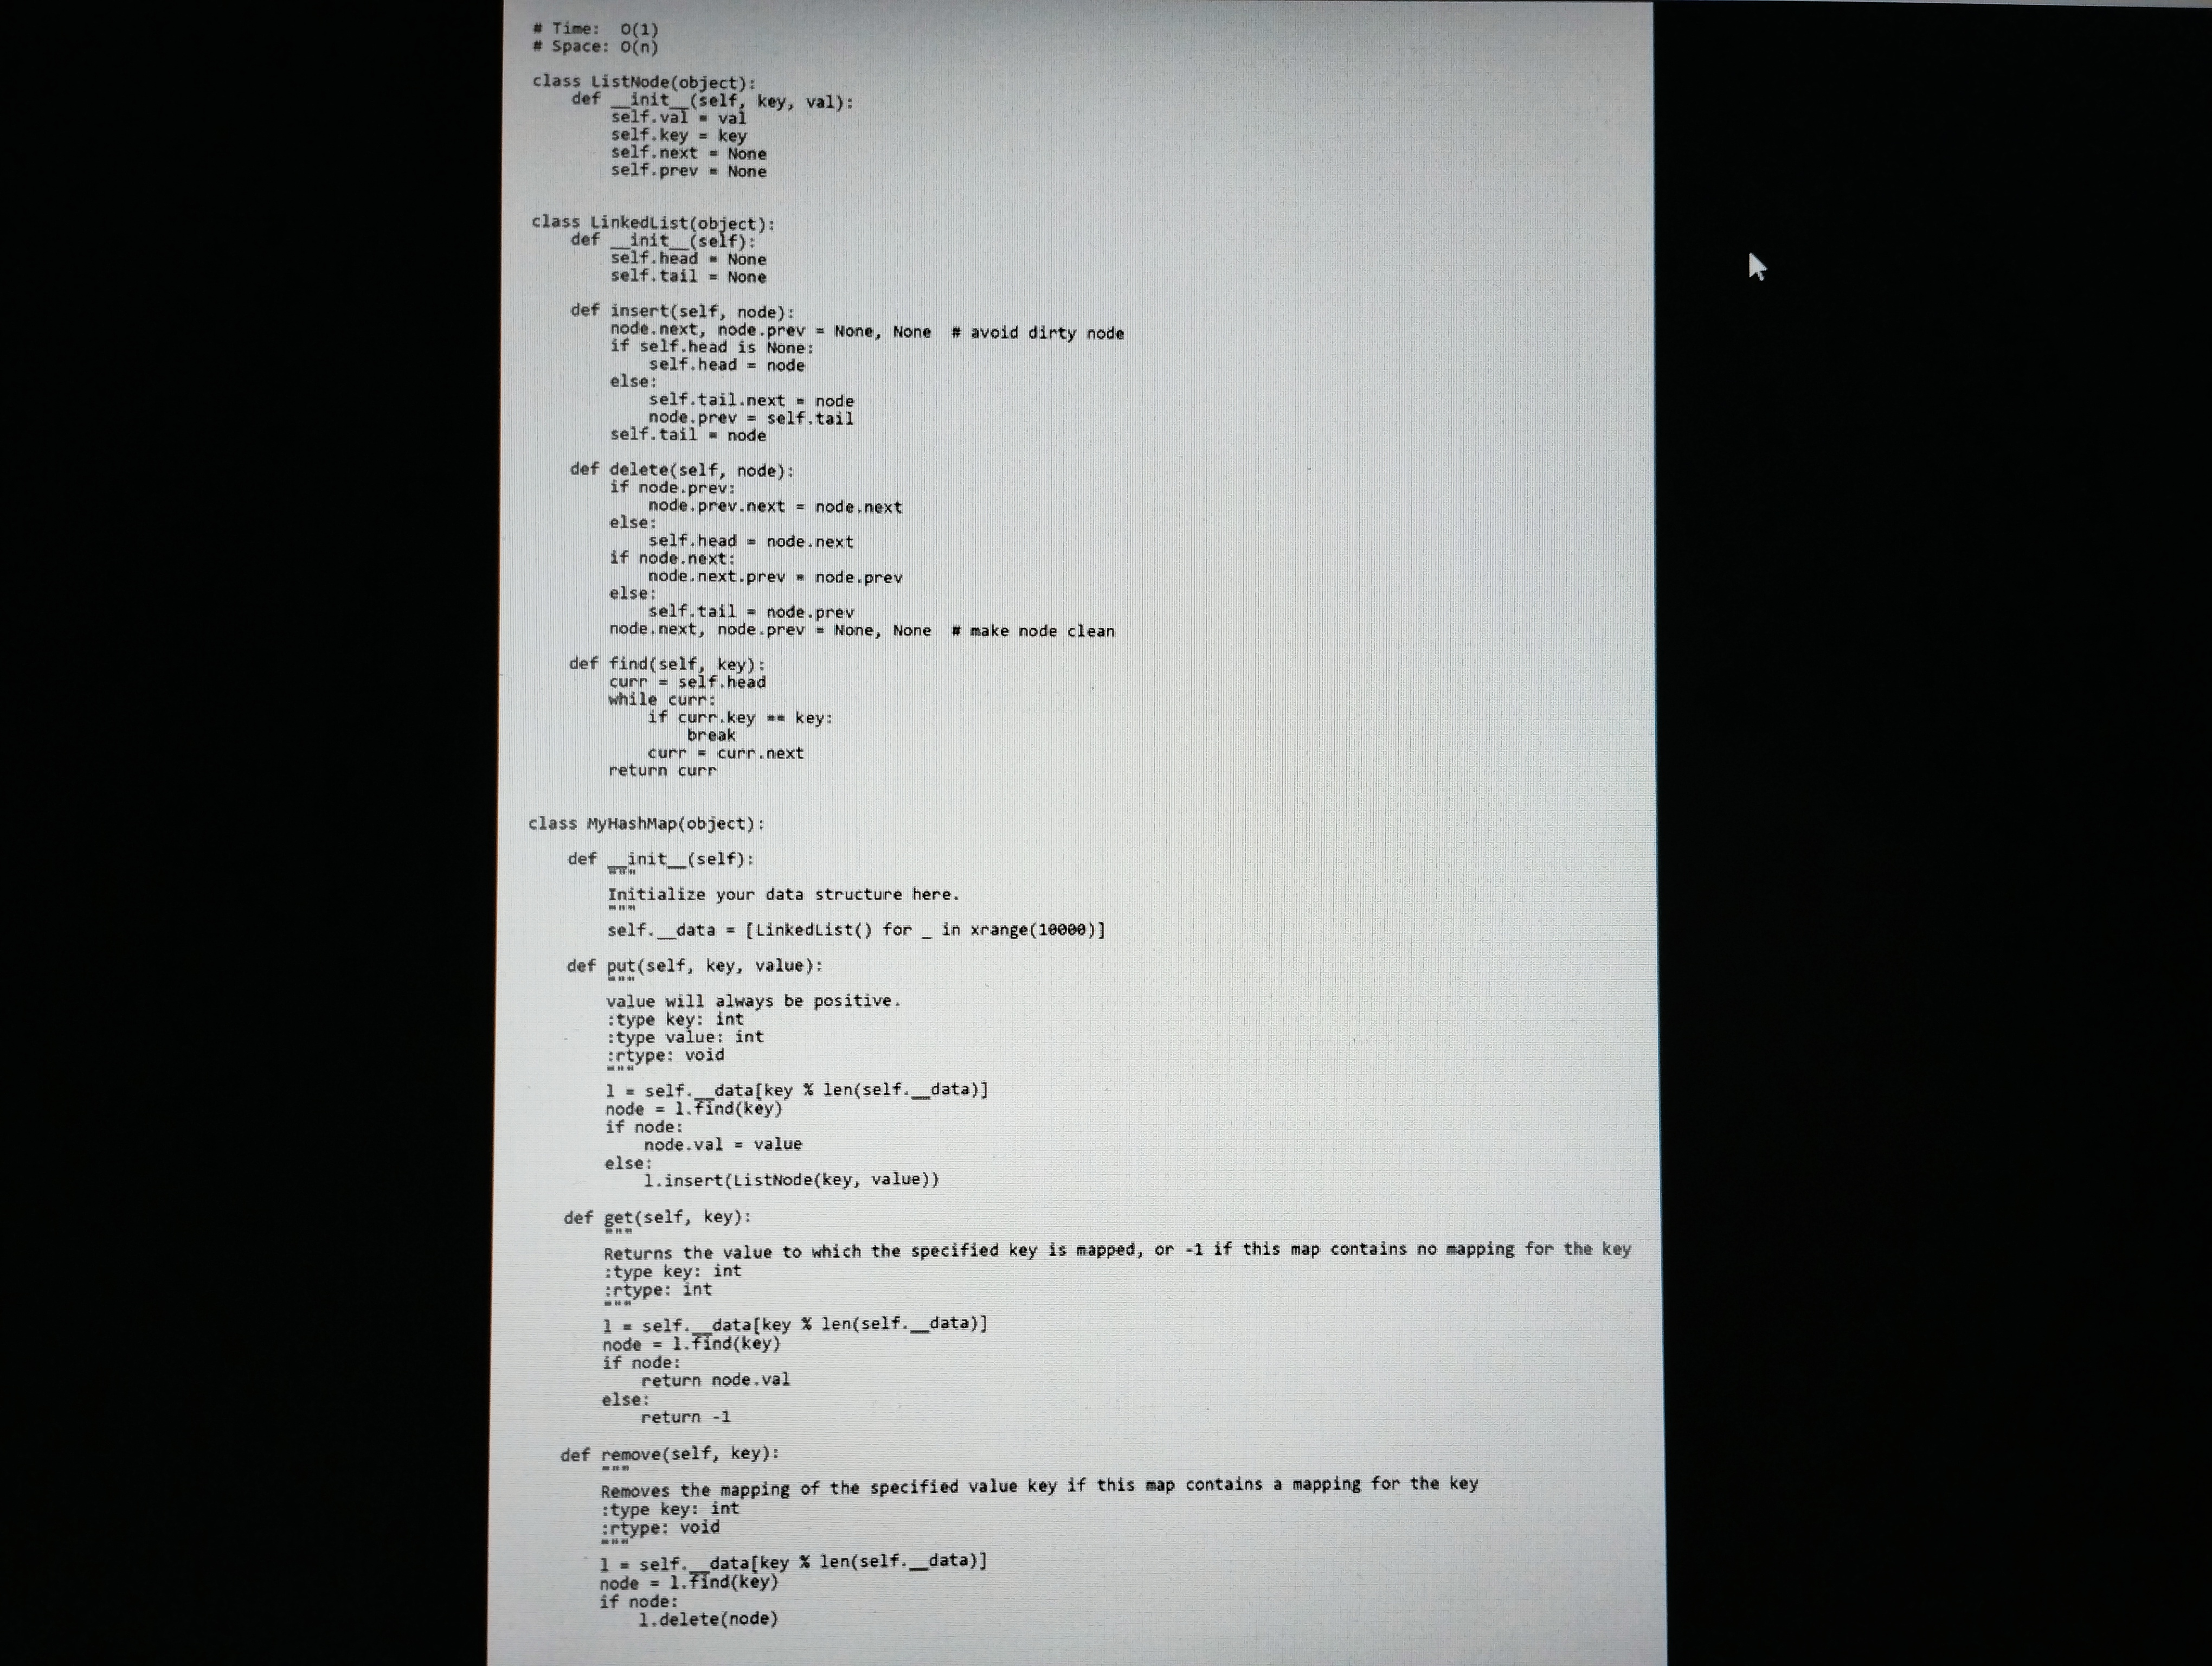
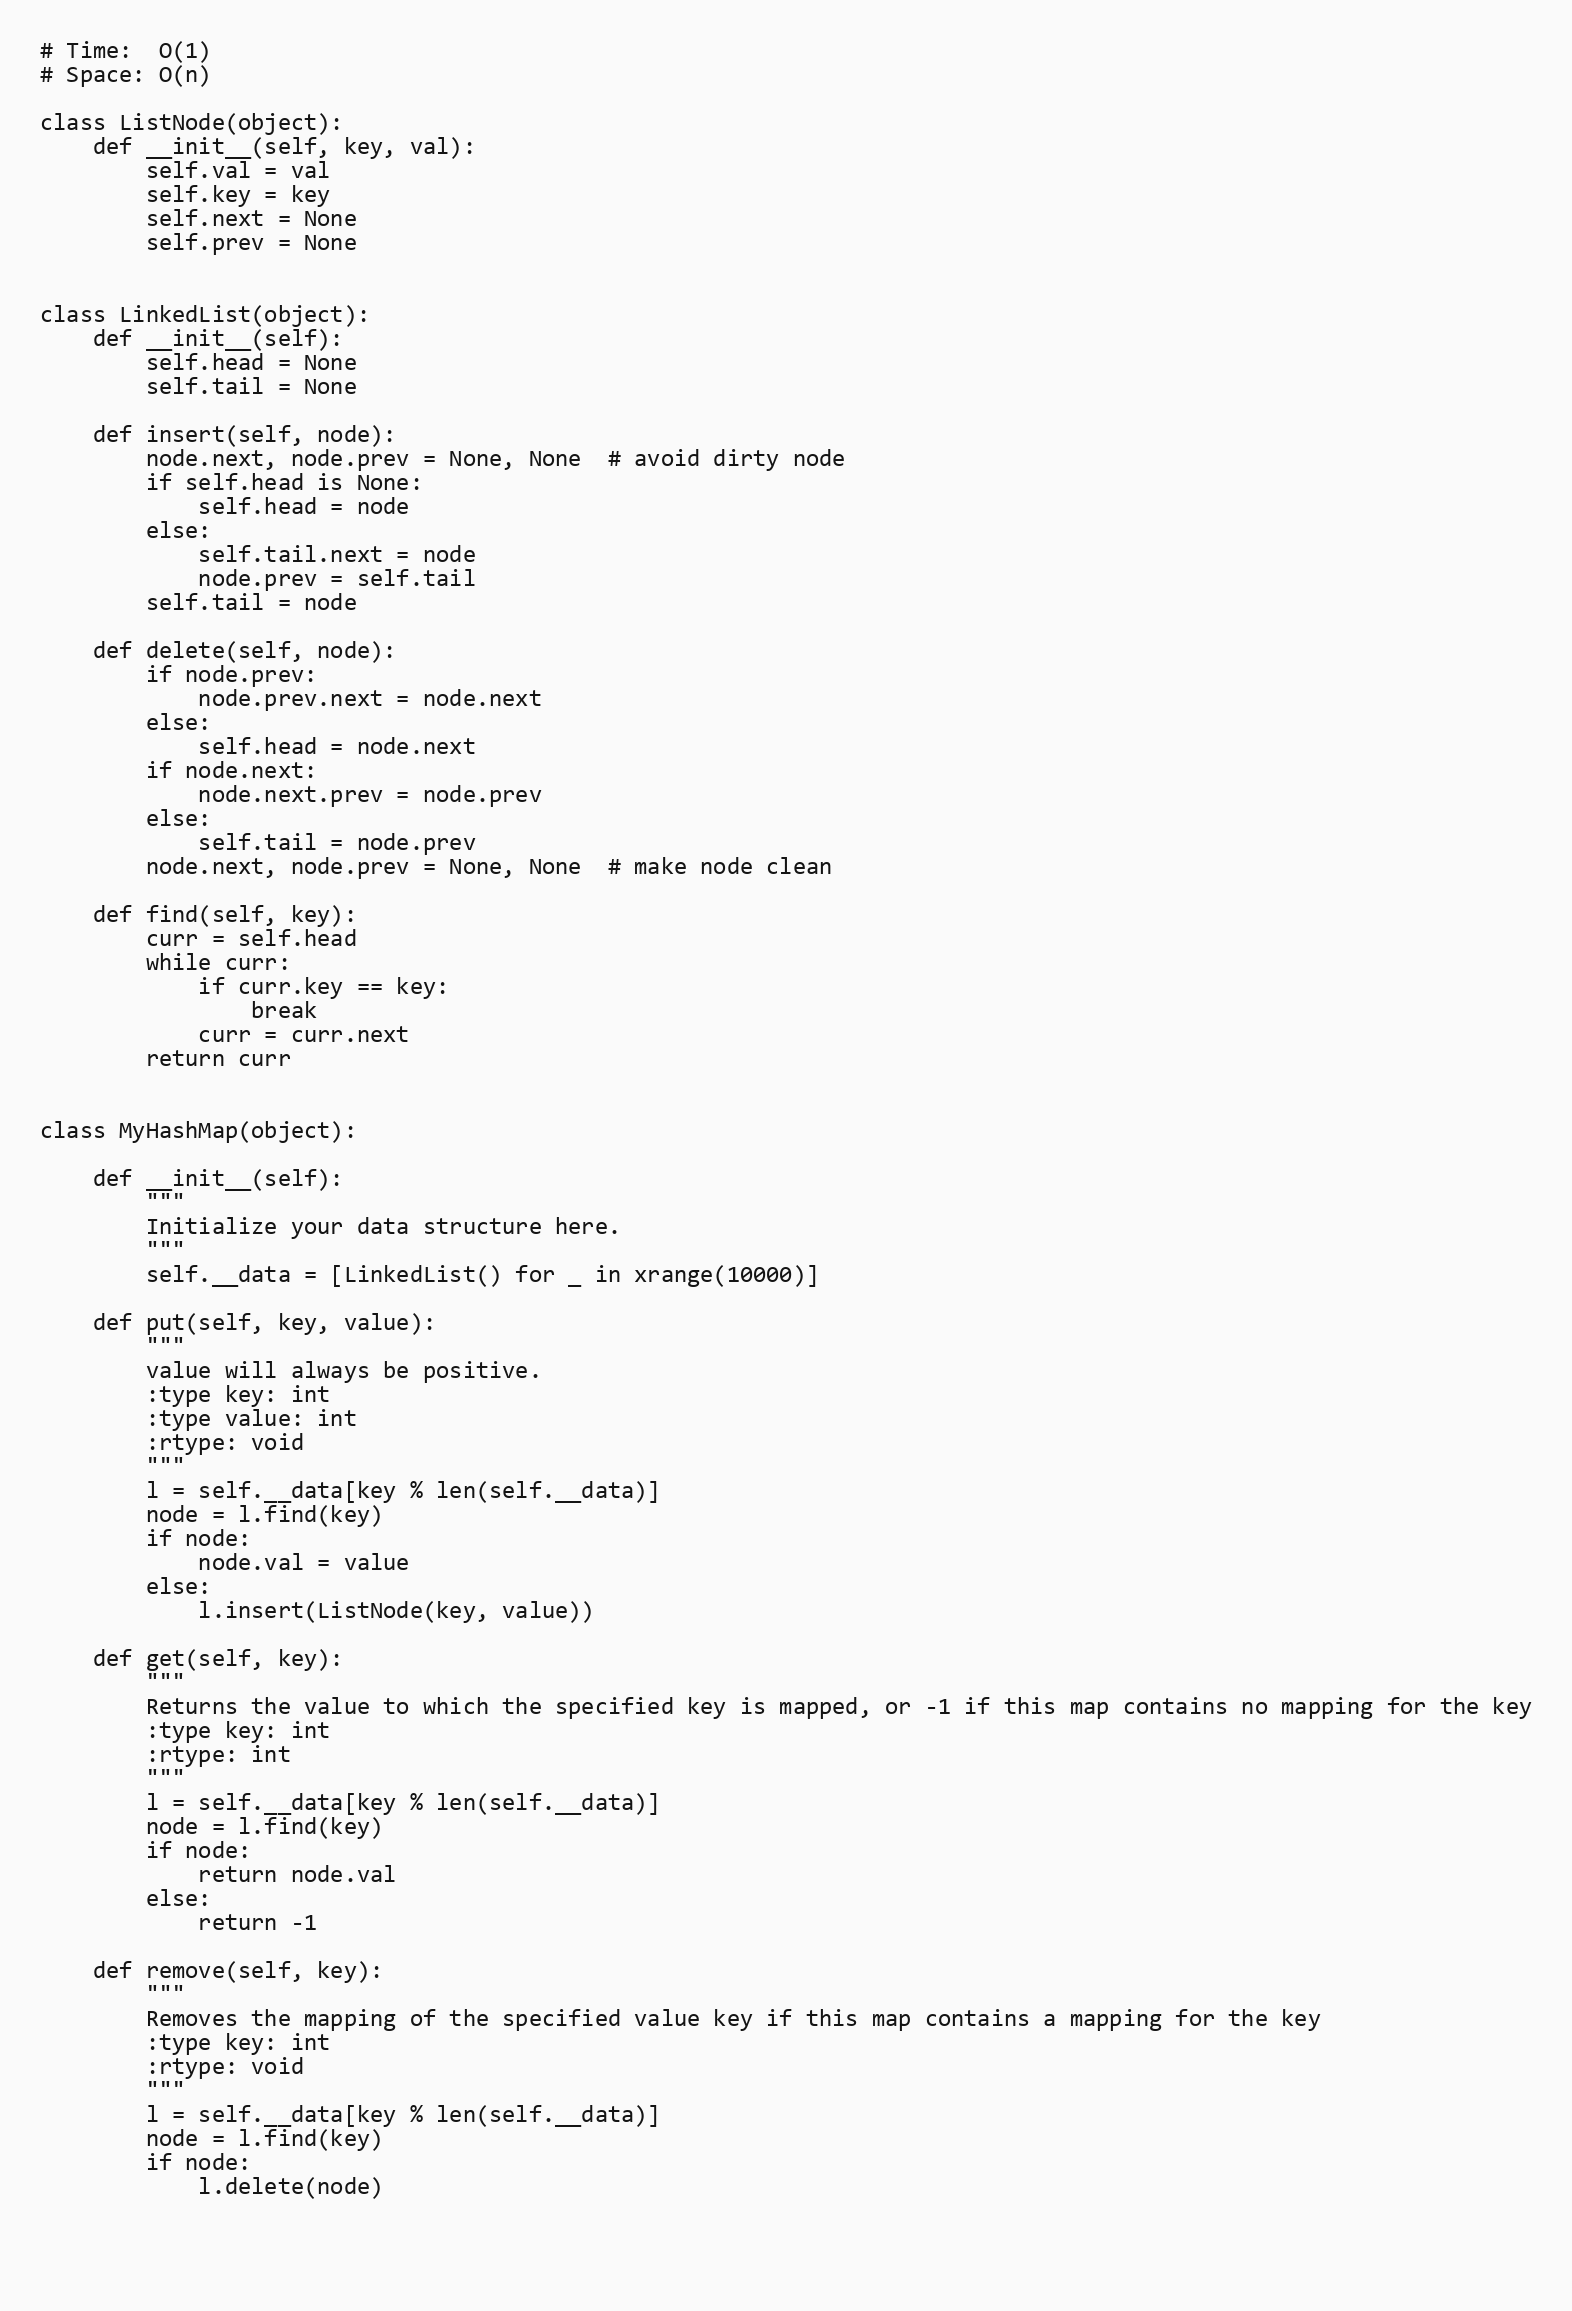
# Time:  O(1)
# Space: O(n)

class ListNode(object):
    def __init__(self, key, val):
        self.val = val
        self.key = key
        self.next = None
        self.prev = None

class LinkedList(object):
    def __init__(self):
        self.head = None
        self.tail = None

    def insert(self, node):
        node.next, node.prev = None, None  # avoid dirty node
        if self.head is None:
            self.head = node
        else:
            self.tail.next = node
            node.prev = self.tail
        self.tail = node

    def delete(self, node):
        if node.prev:
            node.prev.next = node.next
        else:
            self.head = node.next
        if node.next:
            node.next.prev = node.prev
        else:
            self.tail = node.prev
        node.next, node.prev = None, None  # make node clean

    def find(self, key):
        curr = self.head
        while curr:
            if curr.key == key:
                break
            curr = curr.next
        return curr

class MyHashMap(object):

    def __init__(self):
        """
        Initialize your data structure here.
        """
        self.__data = [LinkedList() for _ in xrange(10000)]

    def put(self, key, value):
        """
        value will always be positive.
        :type key: int
        :type value: int
        :rtype: void
        """
        l = self.__data[key % len(self.__data)]
        node = l.find(key)
        if node:
            node.val = value
        else:
            l.insert(ListNode(key, value))

    def get(self, key):
        """
        Returns the value to which the specified key is mapped, or -1 if this map contains no mapping for the key
        :type key: int
        :rtype: int
        """
        l = self.__data[key % len(self.__data)]
        node = l.find(key)
        if node:
            return node.val
        else:
            return -1

    def remove(self, key):
        """
        Removes the mapping of the specified value key if this map contains a mapping for the key
        :type key: int
        :rtype: void
        """
        l = self.__data[key % len(self.__data)]
        node = l.find(key)
        if node:
            l.delete(node)